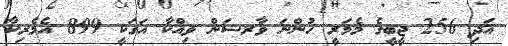
އަދި 256 ޖީބީގެ މެމަރީ ހުންނަ ވާރޝަން ވިއްކާ އަގަކީ 899 އެމެރިކާ